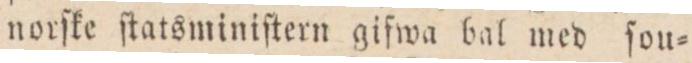
norſke ſtatsminiſtern gifwa bal med ſou=